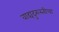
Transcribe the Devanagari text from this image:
वाद्यदुरुस्तीचा